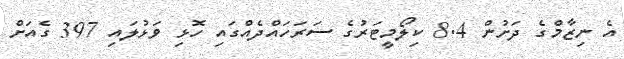
އެ ނިޒާމްގެ ދަށުން 8.4 ކިލޯމީޓަރުގެ ސަރަހައްދެއްގައި ހޮޅި ވަޅުލައި 397 ގެއަށް